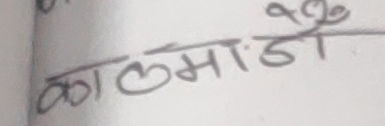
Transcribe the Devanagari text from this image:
कालमांडो